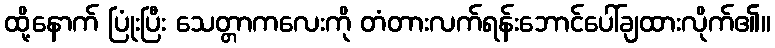
ထို့နောက် ပြုံးပြီး သေတ္တာကလေးကို တံတားလက်ရန်းဘောင်ပေါ်ချထားလိုက်၏။